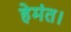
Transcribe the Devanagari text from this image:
हेमंत।